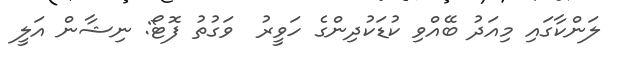
ލަންކާގައި މިއަދު ބޭއްވި ކުޑަކުދިންގެ ހަވީރު  ވަގުތު ފޮޓޯ: ނިޝާން އަލީ